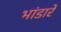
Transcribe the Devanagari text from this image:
भांडारें